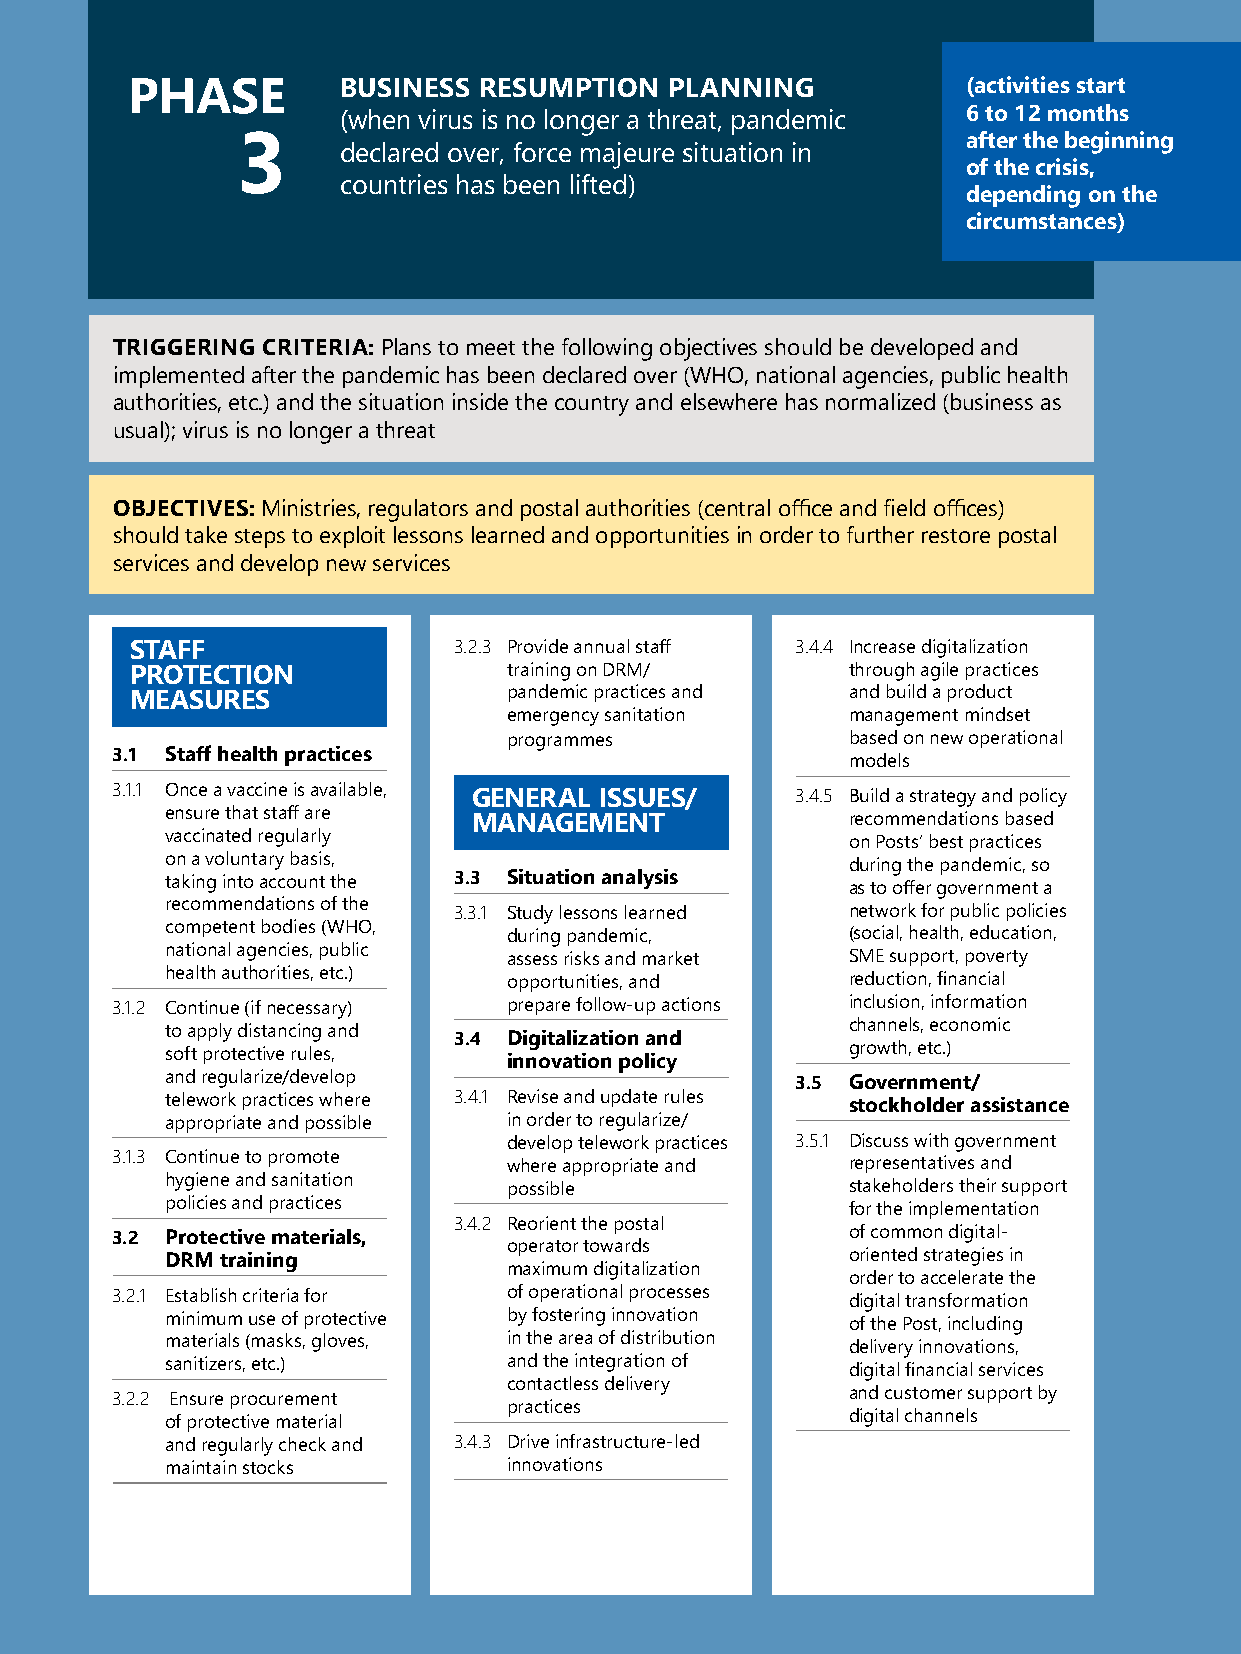
70 | Pandemic Recovery Guide for Postal Services
 PHASE         BUSINESS  RESUMPTION  PLANNING            (activities start
 (when virus is no longer a threat, pandemic 6 to 12 months
 after the beginning
 3     declared over, force majeure situation in
 of the crisis,
 countries has been lifted)
 depending on the
 circumstances)
 TRIGGERING CRITERIA: Plans to meet the following objectives should be developed and
 implemented after the pandemic has been declared over (WHO, national agencies, public health
 authorities, etc.) and the situation inside the country and elsewhere has normalized (business as
 usual); virus is no longer a threat
 OBJECTIVES: Ministries, regulators and postal authorities (central office and field offices)
 should take steps to exploit lessons learned and opportunities in order to further restore postal
 services and develop new services
 STAFF                3.2.3 Provide annual staff 3.4.4 Increase digitalization
 PROTECTION               training on DRM/      through agile practices
 MEASURES                 pandemic practices and and build a product
 emergency sanitation  management mindset
 programmes            based on new operational
 3.1 Staff health practices                       models
 3.1.1 Once a vaccine is available, GENERAL ISSUES/ 3.4.5 Build a strategy and policy
 ensure that staff are MANAGEMENT             recommendations based
 vaccinated regularly                         on Posts’ best practices
 on a voluntary basis,                        during the pandemic, so
 taking into account the 3.3 Situation analysis as to offer government a
 recommendations of the 3.3.1 Study lessons learned network for public policies
 competent bodies (WHO, during pandemic,      (social, health, education,
 national agencies, public assess risks and market SME support, poverty
 health authorities, etc.) opportunities, and reduction, financial
 3.1.2 Continue (if necessary) prepare follow-up actions inclusion, information
 to apply distancing and                      channels, economic
 3.4 Digitalization and
 soft protective rules,                       growth, etc.)
 innovation policy
 and regularize/develop                    3.5 Government/
 telework practices where 3.4.1 Revise and update rules stockholder assistance
 appropriate and possible in order to regularize/
 develop telework practices 3.5.1 Discuss with government
 3.1.3 Continue to promote  where appropriate and representatives and
 hygiene and sanitation possible              stakeholders their support
 policies and practices                       for the implementation
 3.4.2 Reorient the postal
 3.2 Protective materials,                        of common digital-
 operator towards
 DRM training                                 oriented strategies in
 maximum digitalization
 order to accelerate the
 3.2.1 Establish criteria for of operational processes digital transformation
 minimum use of protective by fostering innovation of the Post, including
 materials (masks, gloves, in the area of distribution delivery innovations,
 sanitizers, etc.)      and the integration of digital financial services
 contactless delivery
 3.2.2 Ensure procurement                         and customer support by
 practices
 digital channels
 of protective material
 and regularly check and 3.4.3 Drive infrastructure-led
 maintain stocks        innovations